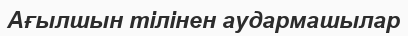
Ағылшын тілінен аудармашылар